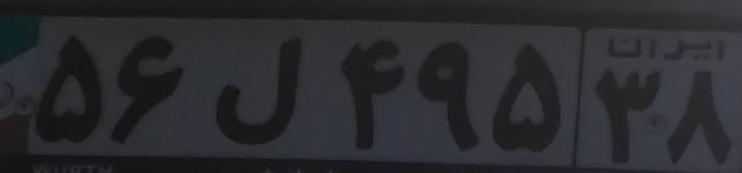
۵۶ل۴۹۵۳۸